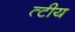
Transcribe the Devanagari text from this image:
त्टीय